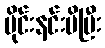
မိုင်းနင်းမိပြီး